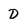
Character: D